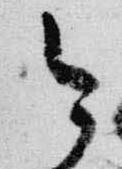
今